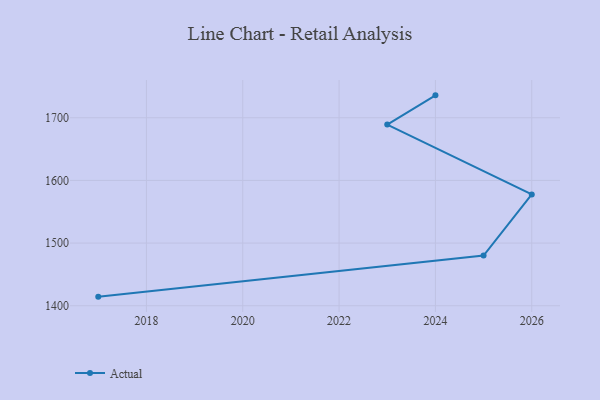
{"axis": {"x": "Year", "y": "Satisfaction Score"}, "legend": ["Actual"], "data": [{"x": "2017", "y": 1414.5, "type": "Actual"}, {"x": "2025", "y": 1480.0, "type": "Actual"}, {"x": "2026", "y": 1577.7, "type": "Actual"}, {"x": "2023", "y": 1689.2, "type": "Actual"}, {"x": "2024", "y": 1735.8, "type": "Actual"}]}